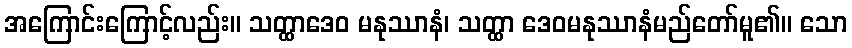
အကြောင်းကြောင့်လည်း။ သတ္ထာဒေဝ မနုဿာနံ၊ သတ္ထာ ဒေဝမနုဿာနံမည်တော်မူ၏။ သော